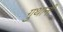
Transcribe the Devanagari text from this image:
गुथानी